Lunatic asylums in Bengal annual reports 1899-1911 - 1899-1911
Year: 1899
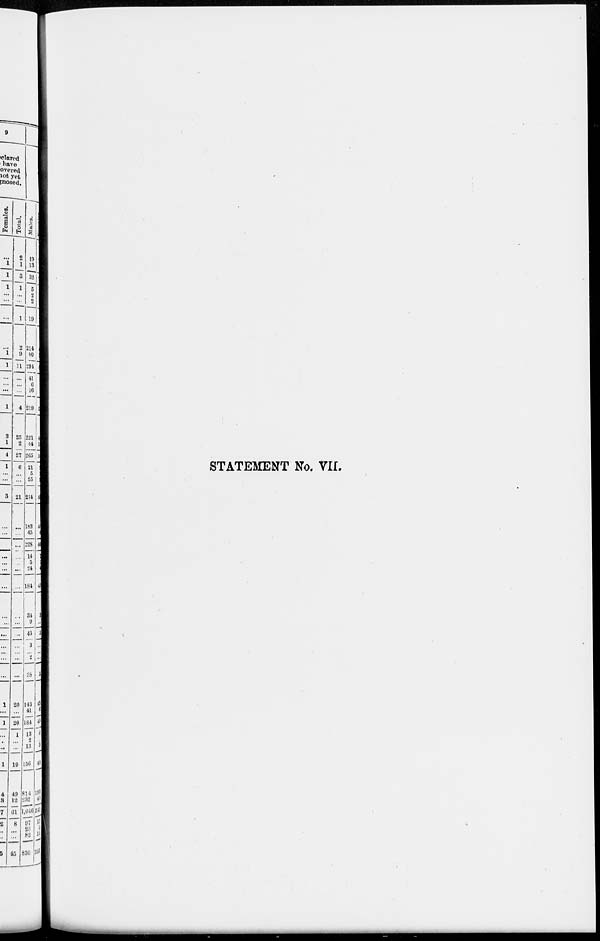
STATEMENT No. VII.